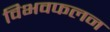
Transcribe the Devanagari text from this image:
विभवफलन